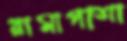
রামাপাশা